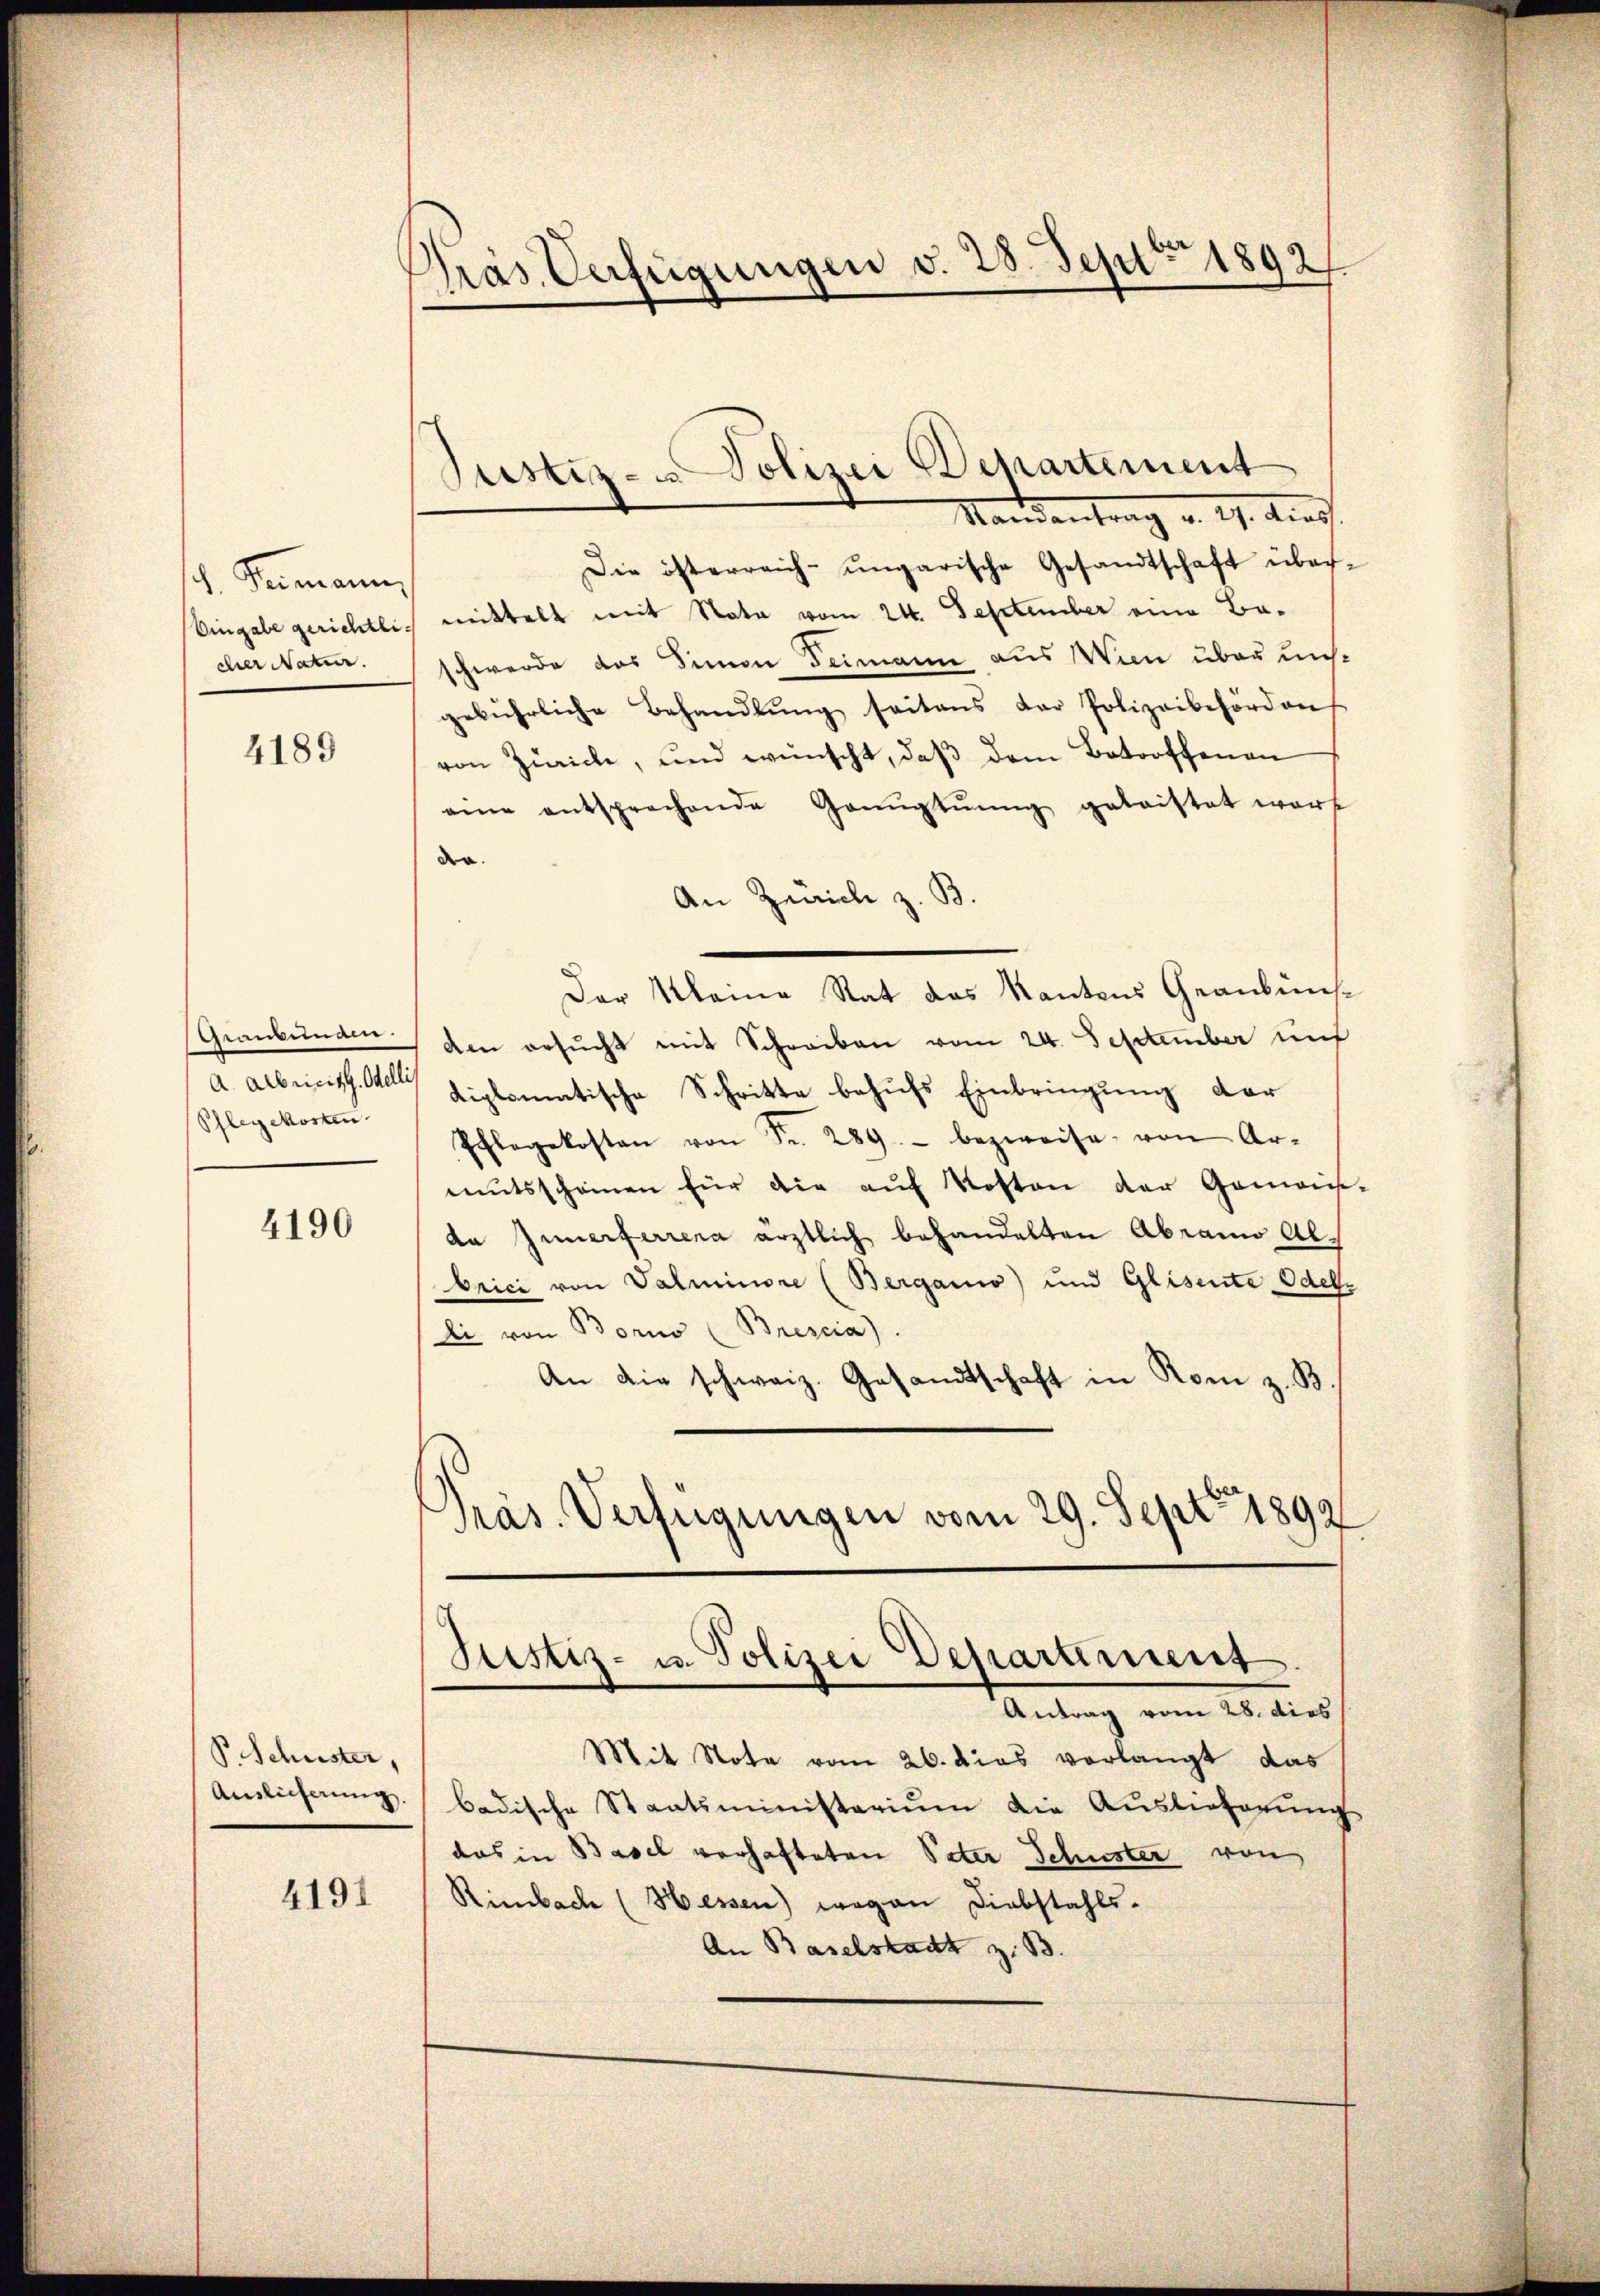
H. Germann,
cher Natur.

4189

Geanbunden.
A. Albricit. Odelli
Pflegekosten

4190

P. Schuster,
Auslicherung

4191

Pras Verfügungen v. 28. Sept 1892

Standentrag v. 19. dies
Die österreich-ungarische Gesandtschaft über¬
Vingabe gerichtlich mittelt mit Nata vom 24. September eine Baschwerde das Simon Deimann aus Wien über unsgebührliche Behandlung seitens der Polizeibehörden
von Zürich, und wünscht, daß dem Betroffenen
eine entsprochende Ganŭgtŭŭng gelaistet werf
der
An Zürich z. B.
Der Kleine Rat das Kantons Graubüns-
den ersucht mit Schreiben vom 24. September uns
diplomatische Schritte behufs Einbringung der
Schlegekosten von Fr. 289.- bezweife von Ar-
mŭtsscheinen für die aŭf Kosten der Gemeinda Innerterrena ärztlich behandelten Abramo Albrici von Valminore (Berganio) und Glisente Odebr
di von Borno (Brescia).
An die schweiz. Gesandtschaft in Rom z. B.
Präs. Verfügungen vom 29. Sept. 1892

Justiz- u Polizei Departement

Justiz- u. Polizei Departement

Antrag vom 28. dies
Mit Note vom 26. dies verlangt das
badische Staatsministerium die Auslieferŭng
das in Basel verhafteten Peter Schuster von
Rimbach (Hessen) wegen Diebstahls-
An Baselstadt z. B.